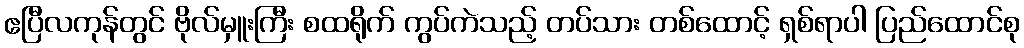
ဧပြီလကုန်တွင် ဗိုလ်မှူးကြီး စထရိုက် ကွပ်ကဲသည့် တပ်သား တစ်ထောင့် ရှစ်ရာပါ ပြည်ထောင်စု